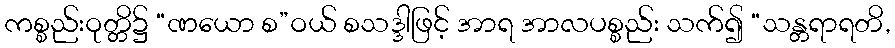
ကစ္စည်းဝုတ္တိ၌ “ဏယော စ”ဝယ် စသဒ္ဒါဖြင့် အာရ အာလပစ္စည်း သက်၍ “သန္တရာရတိ,